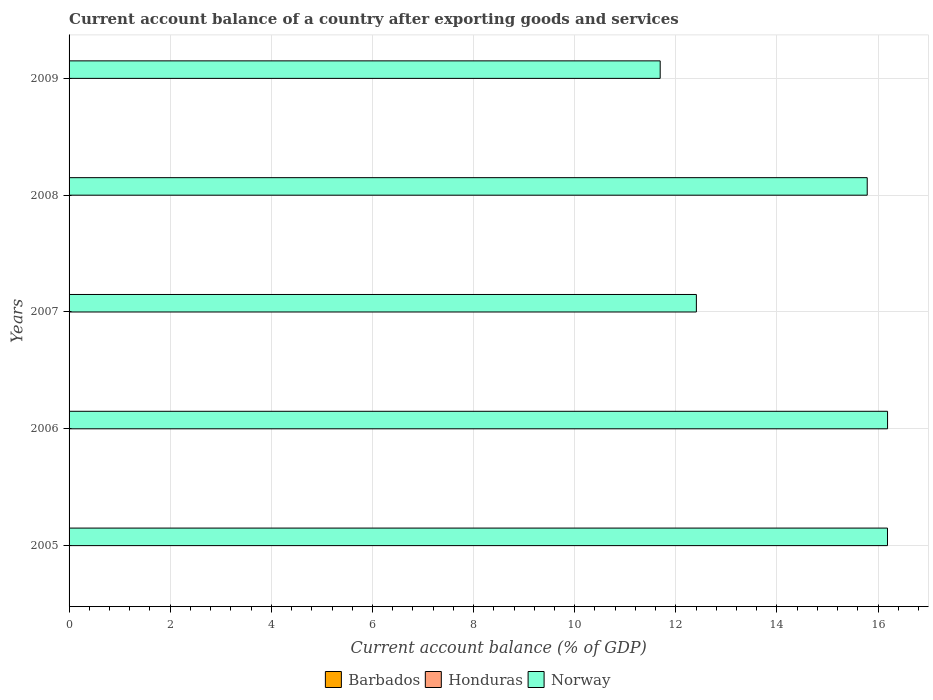
| Years | Barbados | Honduras | Norway |
 | --- | --- | --- | --- |
 | 2005 | -12 | -3.15 | 16.2 |
 | 2006 | -8.24 | -3.73 | 16.2 |
 | 2007 | -6.07 | -9.09 | 12.4 |
 | 2008 | -10.4 | -15.4 | 15.8 |
 | 2009 | -5.64 | -3.82 | 11.7 |